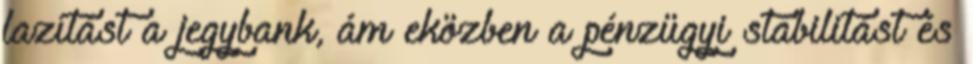
lazítást a jegybank, ám eközben a pénzügyi stabilitást és